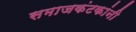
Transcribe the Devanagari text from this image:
समाजकंटकांनी